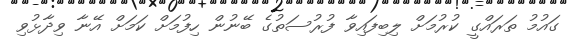
ގައުމު ތަރައްގީ ކުރުމަށް ލިބިފައިވާ ފުރުސަތުގެ ބޭނުން ހިފުމަށް ކަމަށް އޭނާ ވިދާޅުވި